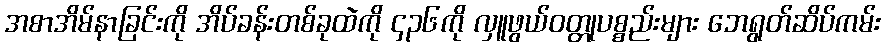
အစာအိမ်နာခြင်းကို အိပ်ခန်းတစ်ခုထဲကို ၄၃၆ကို လှူဖွယ်ဝတ္တုပစ္စည်းများ ဘေရွတ်ဆိပ်ကမ်း